Indian journal of veterinary science and animal husbandry - Volume 6,
Year: 1936
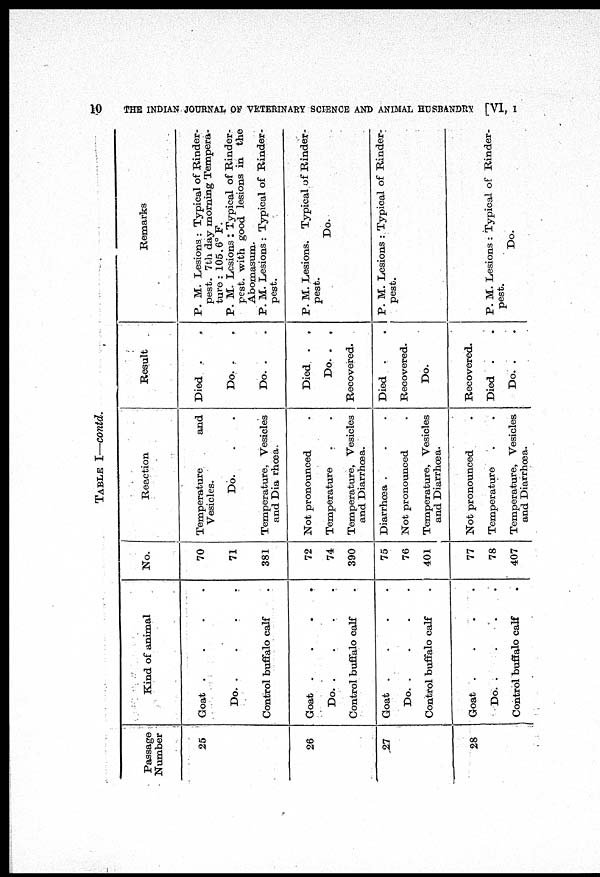
10
THE INDIAN JOURNAL OF VETERINARY SCIENCE AND ANIMAL HUSBANDRY [VI, I
TABLE I—contd.
Passage
Number
25
26
27
28
Kind of animal
Goat
.
.
.
.
Do.
.
.
.
.
Control buffalo calf .
Goat
.
.
.
.
Do. . . . .
Control buffalo calf .
Goat
.
.
.
.
Do.
.
.
.
.
Control buffalo calf .
Goat
.
.
.
.
Do.
.
.
.
.
Control buffalo calf .
No.
70
71
381
72
74
390
75
76
401
77
78
407
Reaction
Temperature
and
Vesicles.
Do. . .
Temperature, Vesicles
and Diarrhœa.
Not pronounced .
Temperature . .
Temperature, Vesicles
and Diarrhœa.
Diarrhœa . . .
Not pronounced .
Temperature, Vesicles
and Diarrhœa.
Not pronounced .
Temperature . .
Temperature, Vesicles
and Diarrhœa.
Result
Died . .
Do. . .
Do. . .
Died . .
Do. . .
Recovered.
Died . .
Recovered.
Do.
Recovered.
Died . .
Do. . .
Remarks
P. M. Lesions : Typical of Rinder-
pest. 7th day morning Tempera-
ture : 105.6° F.
P. M. Lesions : Typical of Rinder-
pest. with good lesions in the
Abomasum.
P. M. Lesions : Typical of Rinder-
pest.
P. M. Lesions. Typical of Rinder-
pest.
Do.
P. M. Lesions : Typical of Rinder-
pest.
P. M. Lesions : Typical of Rinder-
pest.
Do.